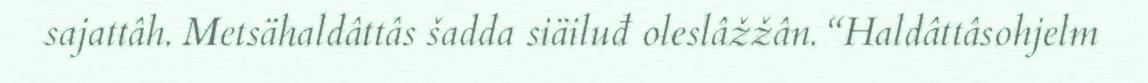
sajattâh. Metsähaldâttâs šadda siäiluđ oleslâžžân. “Haldâttâsohjelm